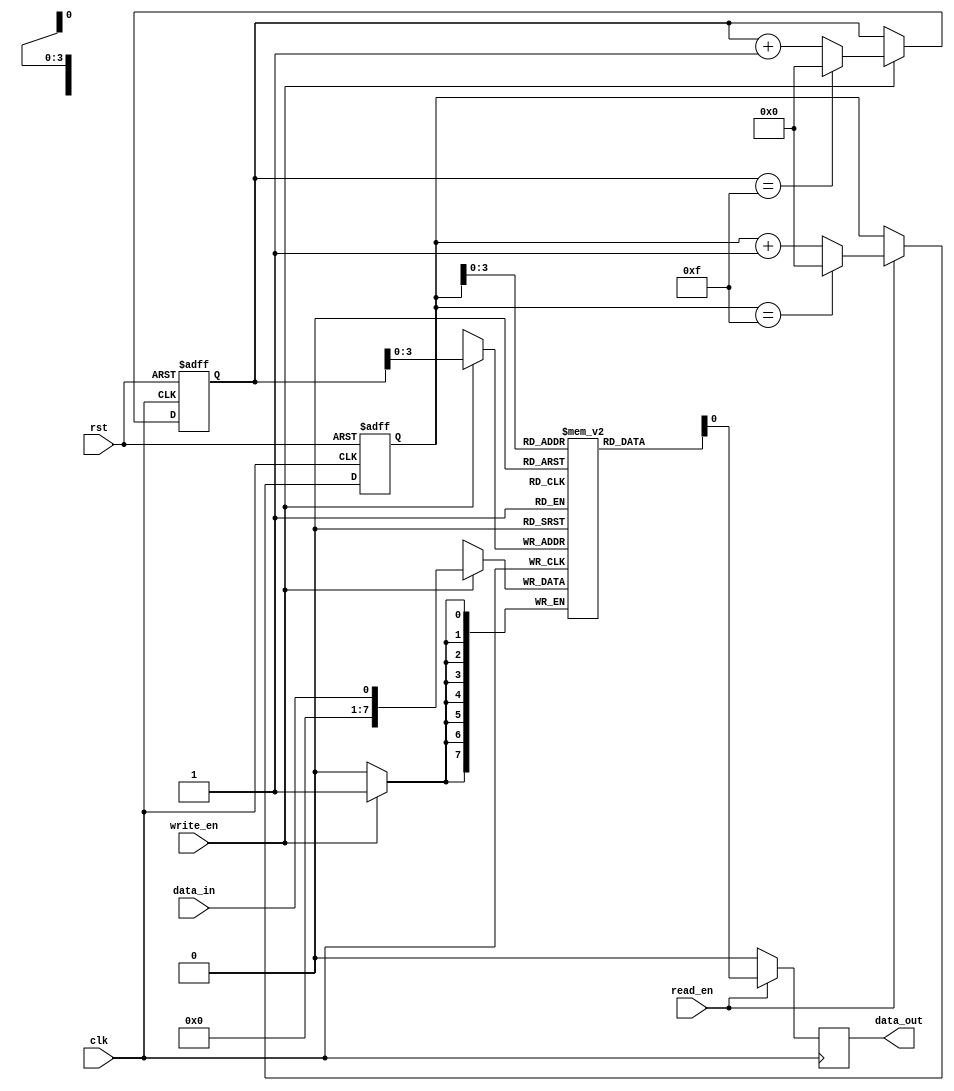
module circular_fifo(
    input wire clk,  // Clock signal
    input wire rst,  // Reset signal
    input wire write_en,  // Write enable signal
    input wire read_en,  // Read enable signal
    input wire data_in,  // Input data
    output wire data_out  // Output data
);

parameter BUFFER_SIZE = 16;  // Size of the FIFO buffer
reg [7:0] fifo[BUFFER_SIZE - 1:0];  // FIFO buffer
reg [4:0] wr_ptr;  // Write pointer
reg [4:0] rd_ptr;  // Read pointer

// Write logic
always @(posedge clk or posedge rst)
begin
    if (rst)
        wr_ptr <= 0;
    else if (write_en)
        wr_ptr <= (wr_ptr == (BUFFER_SIZE - 1)) ? 0 : (wr_ptr + 1);
end

// Read logic
always @(posedge clk or posedge rst)
begin
    if (rst)
        rd_ptr <= 0;
    else if (read_en)
        rd_ptr <= (rd_ptr == (BUFFER_SIZE - 1)) ? 0 : (rd_ptr + 1);
end

// Data storage and retrieval
always @(posedge clk)
begin
    // Write data
    if (write_en)
        fifo[wr_ptr] <= data_in;
    
    // Read data
    if (read_en)
        data_out <= fifo[rd_ptr];
    else
        data_out <= 8'h00;  // Default output value
end

endmodule